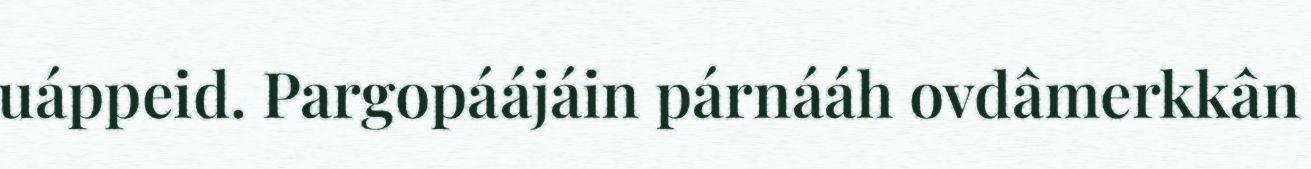
uáppeid. Pargopáájáin párnááh ovdâmerkkân